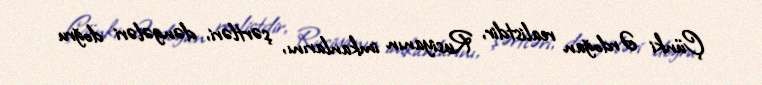
Çünki Ərdoğan realistdir, Rusiyanın imkanlarını, şərtləri, dəngələri doğru